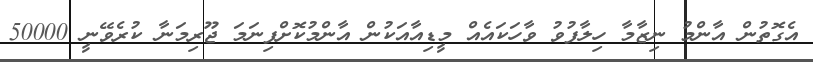
އެގޮތުން އާންމު ނިޒާމާ ހިލާފުވު ވާހަކައެއް މީޑިއާއަކުން އާންމުކޮށްފިނަމަ ޖޫރިމަނާ ކުރެވޭނީ 50000